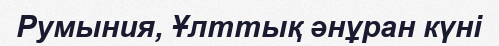
Румыния, Ұлттық әнұран күні